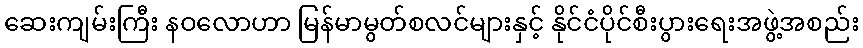
ဆေးကျမ်းကြီး နဝလောဟာ မြန်မာမွတ်စလင်များနှင့် နိုင်ငံပိုင်စီးပွားရေးအဖွဲ့အစည်း